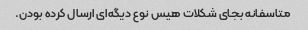
متاسفانه بجای شکلات هیس نوع دیگه‌ای ارسال کرده بودن.